65_HS1-834228961_62-HQ-83894_Section_7
Agency: FBI
Page 37
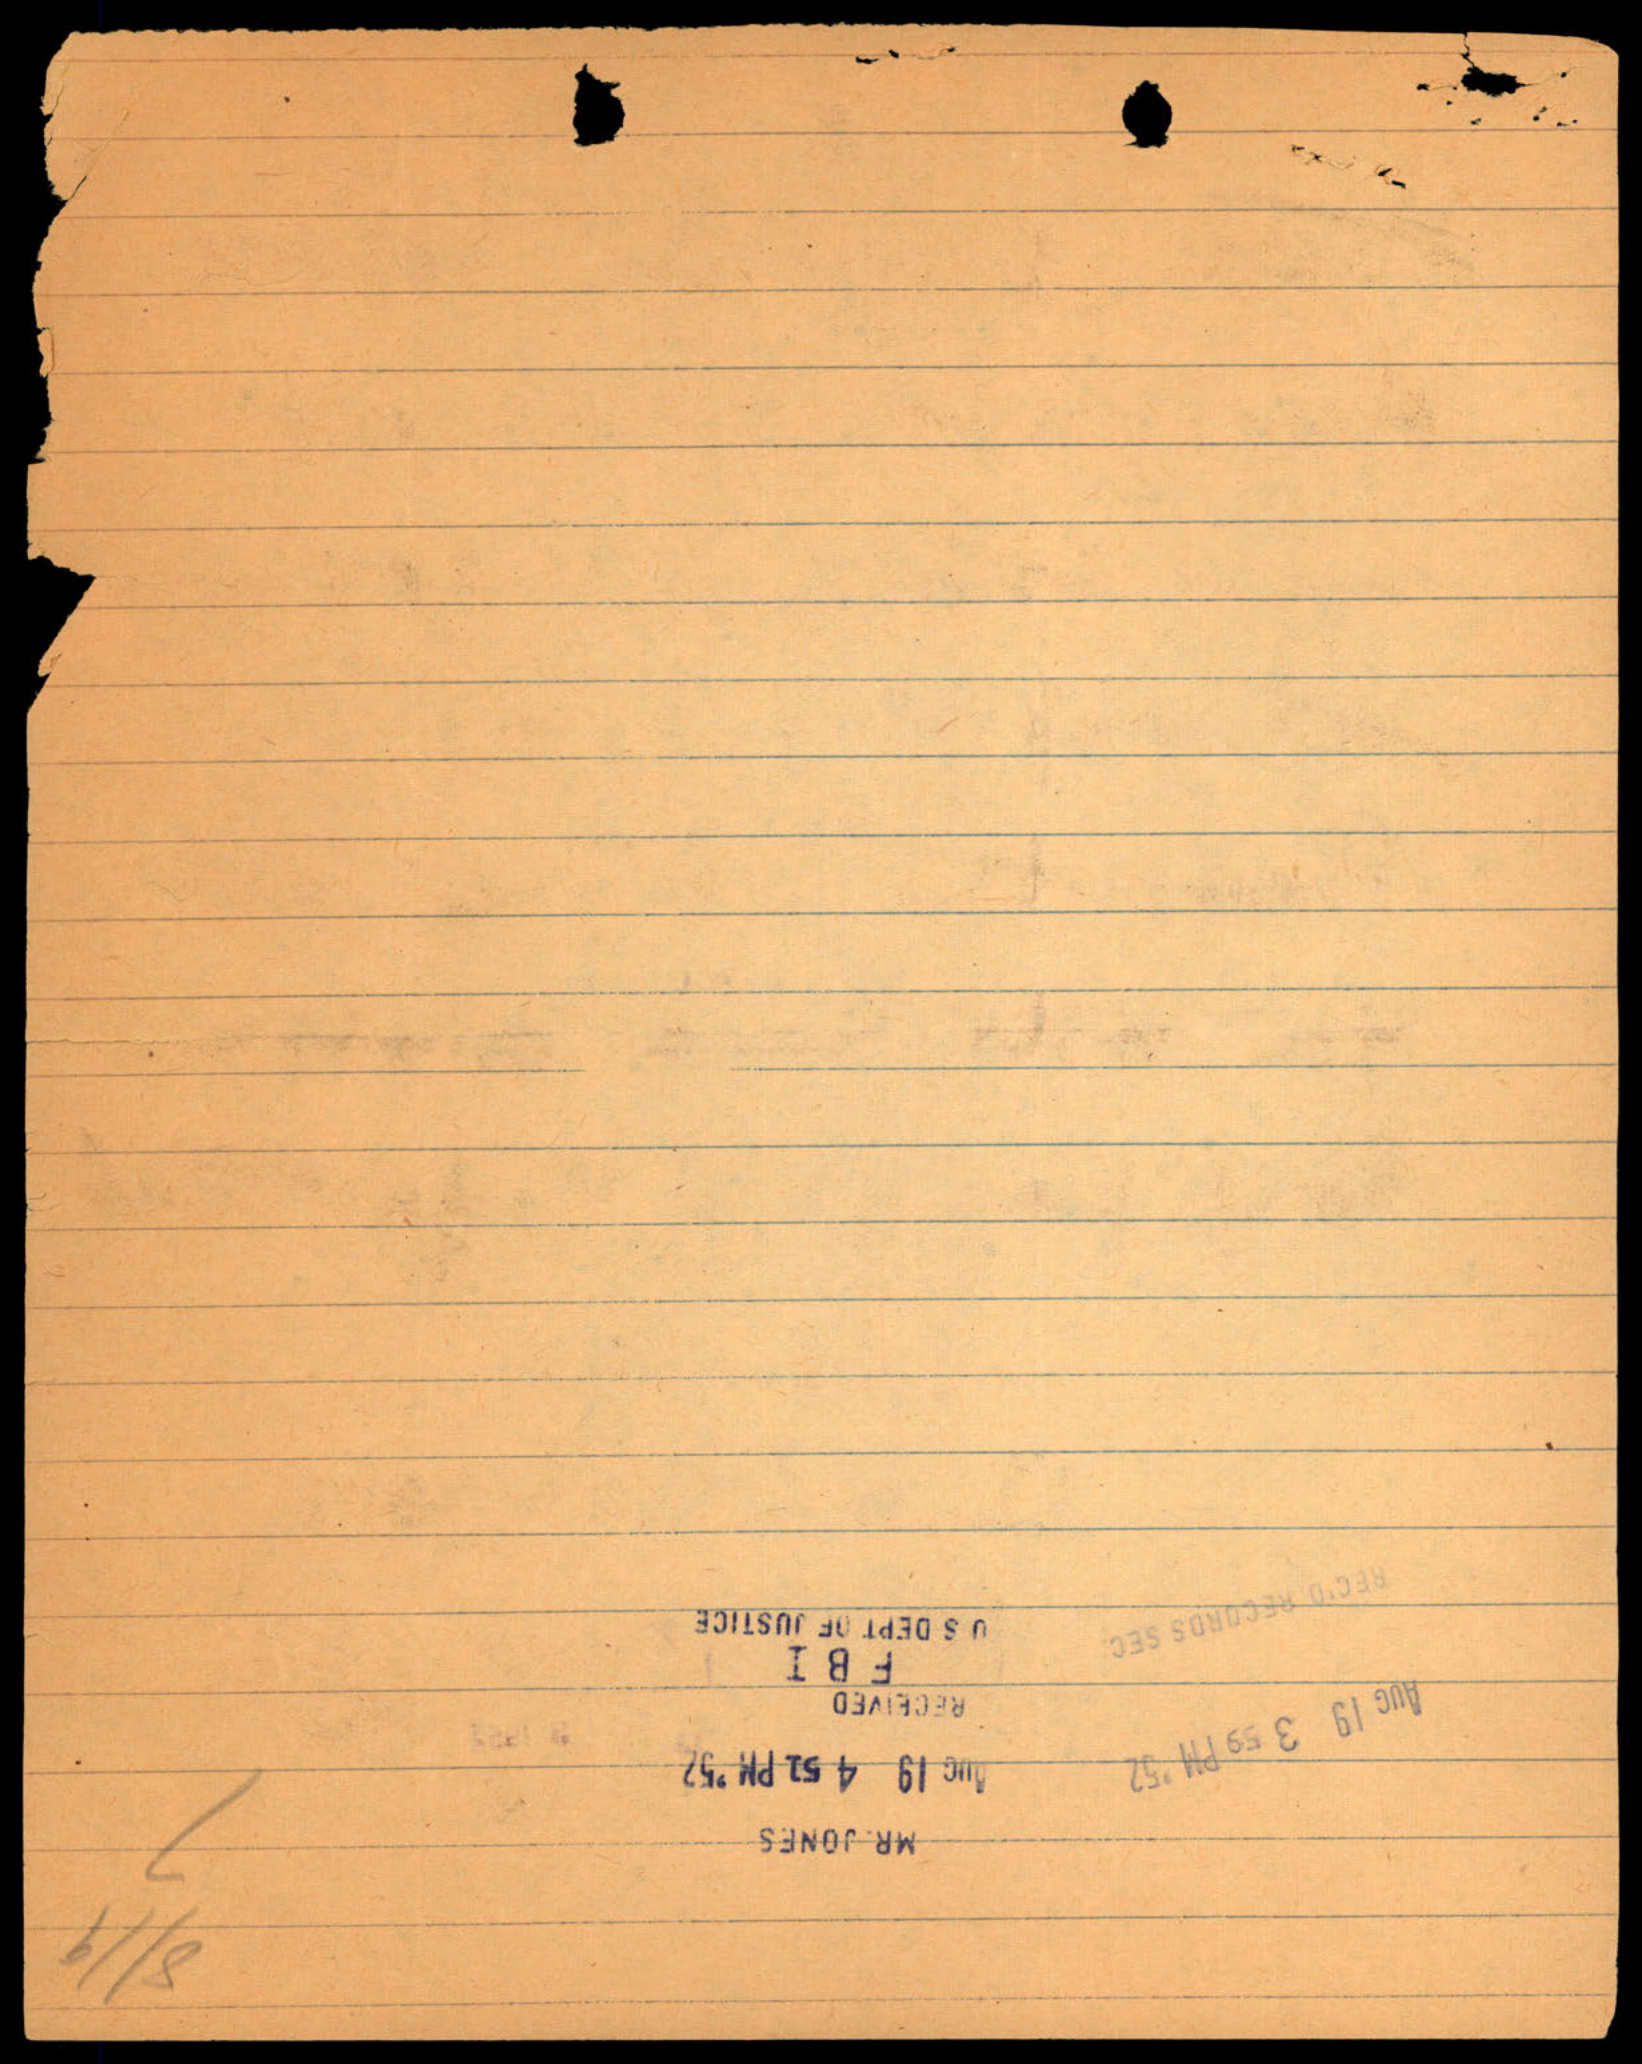